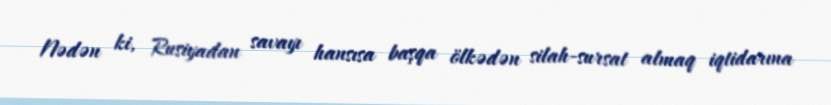
Nədən ki, Rusiyadan savayı hansısa başqa ölkədən silah-sursat almaq iqtidarına